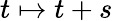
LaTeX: t\mapsto t+s